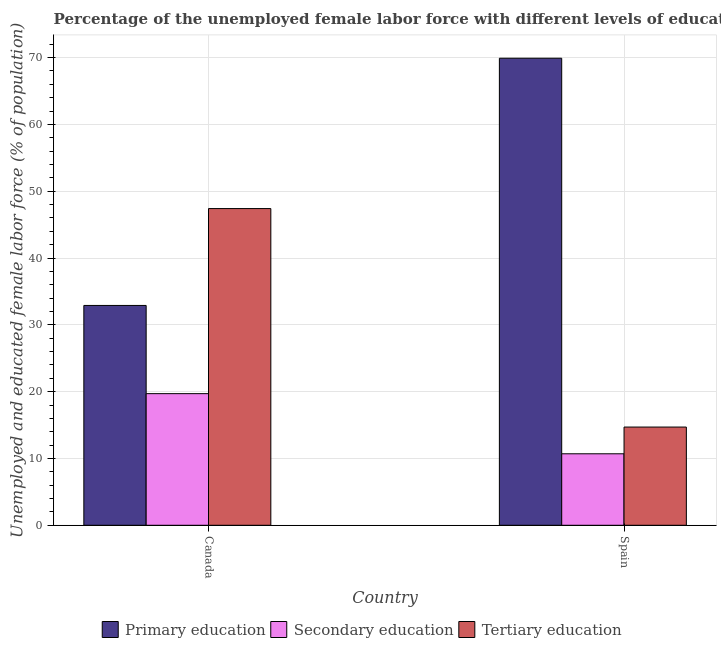
| Country | Primary education | Secondary education | Tertiary education |
 | --- | --- | --- | --- |
 | Canada | 32.9 | 19.7 | 47.4 |
 | Spain | 69.9 | 10.7 | 14.7 |